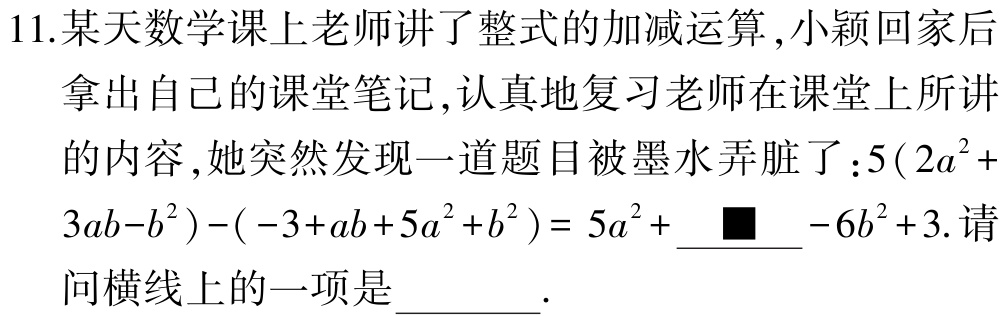
11.某天数学课上老师讲了整式的加减运算,小颖回家后

拿出自己的课堂笔记,认真地复习老师在课堂上所讲

的内容,她突然发现一道题目被墨水弄脏了：$5(2a^{2}+$

$3ab - b^{2})-(-3 + ab + 5a^{2}+b^{2}) = 5a^{2}+$  $\blacksquare$  $- 6b^{2}+3$.请

问横线上的一项是___.